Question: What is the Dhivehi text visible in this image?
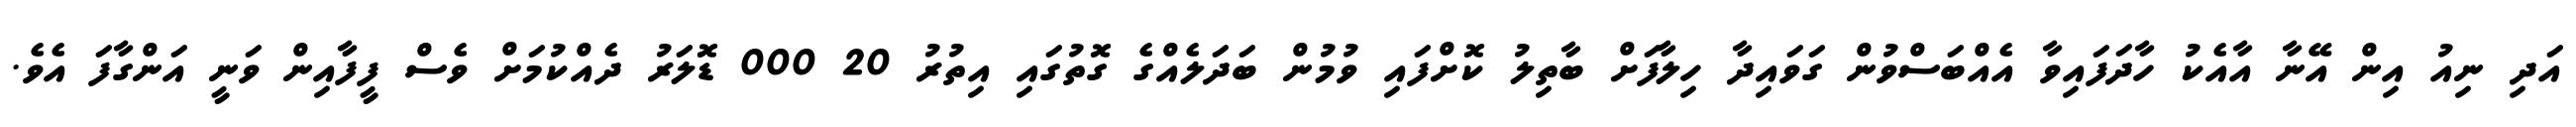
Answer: އަދި ނިއު އިން އޭނާ އާއެކު ހާދަފައިވާ އެއްބަސްވުން ގަވައިދާ ހިލާފަށް ބާތިލު ކޮށްފައި ވުމުން ބަދަލެއްގެ ގޮތުގައި އިތުރު 20 000 ޑޮލަރު ދެއްކުމަށް ވެސް ފީފާއިން ވަނީ އަންގާފަ އެވެ.